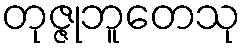
တုဇ္ဇုဘူတေသု